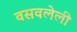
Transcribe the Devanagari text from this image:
वसवलेली